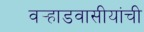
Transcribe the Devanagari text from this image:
वर्‍हाडवासीयांची